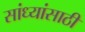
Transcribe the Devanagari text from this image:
सांध्यांसाठी